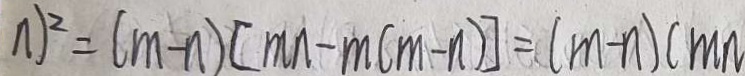
n ) ^ { 2 } = ( m - n ) [ m n - m ( m - n ) ] = ( m - n ) ( m n